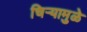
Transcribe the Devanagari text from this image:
चिऱ्यामुळे